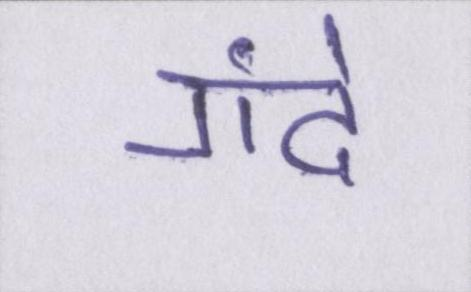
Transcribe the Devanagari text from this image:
गंदे